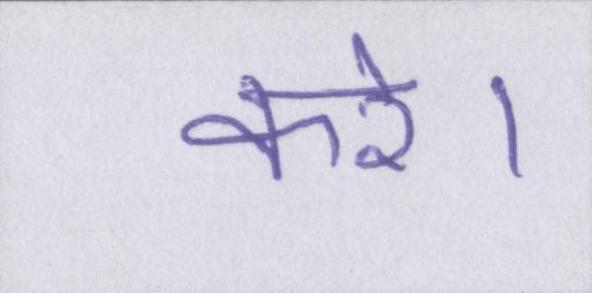
करे।